Indian journal of veterinary science and animal husbandry - Volume 1,
Year: 1931
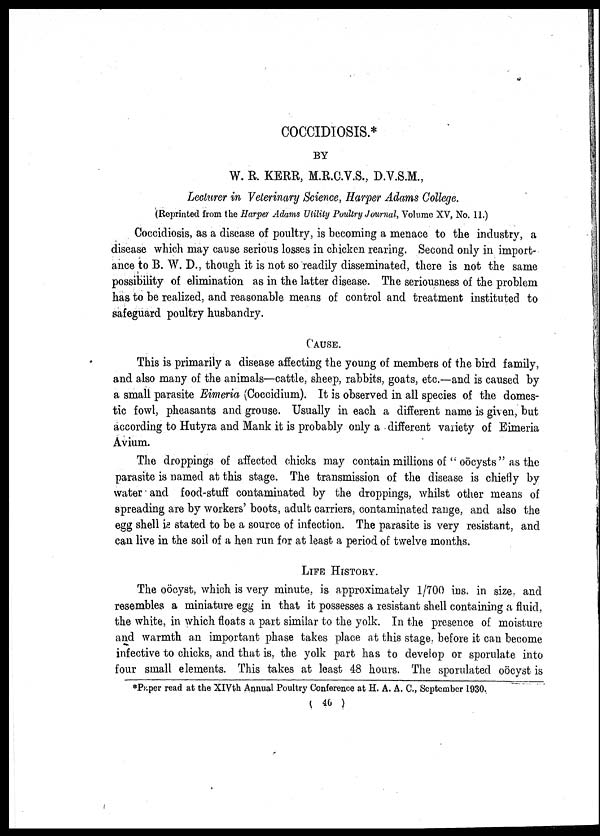
COCCIDIOSIS.*
BY
W. R. KERR, M.R.C.V.S., D.V.S.M.,
Lecturer in Veterinary Science, Harper Adams College.
(Reprinted from the Harper Adams Utility Poultry Journal, Volume XV, No. 11.)
Coccidiosis, as a disease of poultry, is becoming a menace to the industry, a
disease which may cause serious losses in chicken rearing. Second only in import-
ance to B. W. D., though it is not so readily disseminated, there is not the same
possibility of elimination as in the latter disease. The seriousness of the problem
has to be realized, and reasonable means of control and treatment instituted to
safeguard poultry husbandry.
CAUSE.
This is primarily a disease affecting the young of members of the bird family,
and also many of the animals—cattle, sheep, rabbits, goats, etc.—and is caused by
a small parasite Eimeria (Coccidium). It is observed in all species of the domes-
tic fowl, pheasants and grouse. Usually in each a different name is given, but
according to Hutyra and Mank it is probably only a different variety of Eimeria
Avium.
The droppings of affected chicks may contain millions of "oöcysts" as the
parasite is named at this stage. The transmission of the disease is chiefly by
water and food-stuff contaminated by the droppings, whilst other means of
spreading are by workers' boots, adult carriers, contaminated range, and also the
egg shell is stated to be a source of infection. The parasite is very resistant, and
can live in the soil of a hen run for at least a period of twelve months.
LIFE HISTORY.
The oöcyst, which is very minute, is approximately 1/700 ins. in size, and
resembles a miniature egg in that it possesses a resistant shell containing a fluid,
the white, in which floats a part similar to the yolk. In the presence of moisture
and warmth an important phase takes place at this stage, before it can become
infective to chicks, and that is, the yolk part has to develop or sporulate into
four small elements. This takes at least 48 hours. The sporulated oöcyst is
*Paper read at the XIVth Annual Poultry Conference at H. A. A. C., September 1930.
( 40 )